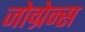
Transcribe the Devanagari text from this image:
जोग्रेन्स